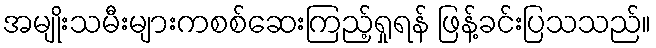
အမျိုးသမီးများကစစ်ဆေးကြည့်ရှုရန် ဖြန့်ခင်းပြသသည်။